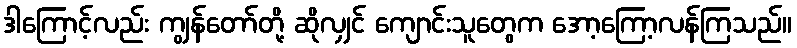
ဒါကြောင့်လည်း ကျွန်တော်တို့ ဆိုလျှင် ကျောင်းသူတွေက အော့ကြော့လန်ကြသည်။